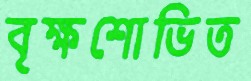
বৃক্ষশোভিত